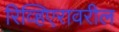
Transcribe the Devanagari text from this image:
रिव्हिएरावरील